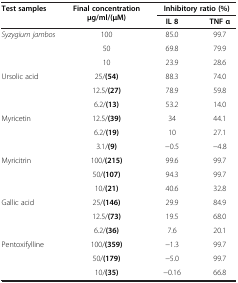
<table><thead><tr><td rowspan="2"><b>Test samples</b></td><td rowspan="2"><b>Final concentration μg/ml/(μM)</b></td><td colspan="2"><b>Inhibitory ratio (%)</b></td></tr><tr><td><b>IL 8</b></td><td><b>TNF α</b></td></tr></thead><tbody><tr><td><i>Syzygium jambos</i></td><td>100</td><td>85.0</td><td>99.7</td></tr><tr><td> </td><td>50</td><td>69.8</td><td>79.9</td></tr><tr><td> </td><td>10</td><td>23.9</td><td>28.6</td></tr><tr><td>Ursolic acid</td><td>25/<b>(54)</b></td><td>88.3</td><td>74.0</td></tr><tr><td> </td><td>12.5/<b>(27)</b></td><td>78.9</td><td>59.8</td></tr><tr><td> </td><td>6.2/<b>(13)</b></td><td>53.2</td><td>14.0</td></tr><tr><td>Myricetin</td><td>12.5/<b>(39)</b></td><td>34</td><td>44.1</td></tr><tr><td> </td><td>6.2/<b>(19)</b></td><td>10</td><td>27.1</td></tr><tr><td> </td><td>3.1/<b>(9)</b></td><td>-0.5</td><td>-4.8</td></tr><tr><td>Myricitrin</td><td>100/<b>(215)</b></td><td>99.6</td><td>99.7</td></tr><tr><td> </td><td>50/<b>(107)</b></td><td>94.3</td><td>99.7</td></tr><tr><td> </td><td>10/<b>(21)</b></td><td>40.6</td><td>32.8</td></tr><tr><td>Gallic acid</td><td>25/<b>(146)</b></td><td>29.9</td><td>84.9</td></tr><tr><td> </td><td>12.5/<b>(73)</b></td><td>19.5</td><td>68.0</td></tr><tr><td> </td><td>6.2/<b>(36)</b></td><td>7.6</td><td>20.1</td></tr><tr><td>Pentoxifylline</td><td>100/<b>(359)</b></td><td>-1.3</td><td>99.7</td></tr><tr><td> </td><td>50/<b>(179)</b></td><td>-5.0</td><td>99.7</td></tr><tr><td> </td><td>10/<b>(35)</b></td><td>-0.16</td><td>66.8</td></tr></tbody></table>